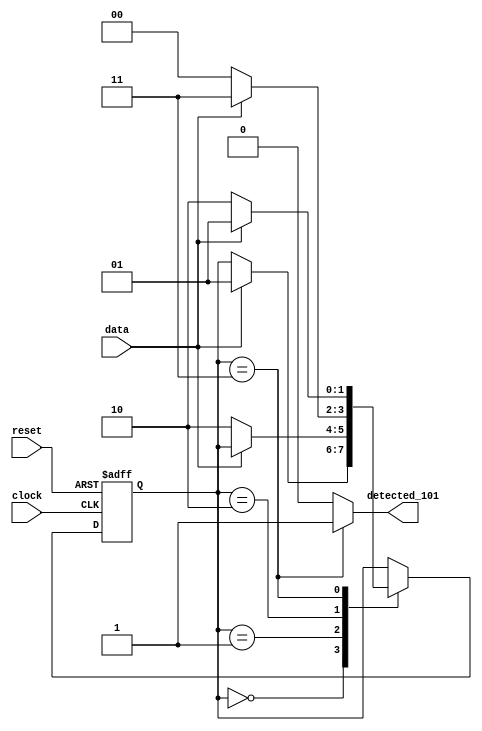
// This program was cloned from: https://github.com/FPGADude/Digital-Design
// License: GNU General Public License v3.0

`timescale 1ns / 1ps

module seq_det_101_fsm(
    input clock,
    input reset,
    input data,
    output detected_101
    );
    
    parameter ZERO    = 2'b00;
    parameter DET_1   = 2'b01;
    parameter DET_10  = 2'b10;
    parameter DET_101 = 2'b11;
    
    reg [1:0] state = ZERO;
    
    always @(posedge clock or negedge reset) begin
        if(~reset)
            state <=  ZERO;
        else
            case(state) 
                ZERO    : if(data == 1) state <= DET_1;
                DET_1   : if(data == 0) state <= DET_10;
                DET_10  : if(data == 1) state <= DET_101;
                          else state <= ZERO;
                DET_101 : if(data == 0) state <= DET_10;
                          else state <= DET_1;
            endcase
    end
    
    assign detected_101 = (state == DET_101) ? 1 : 0;
    
endmodule